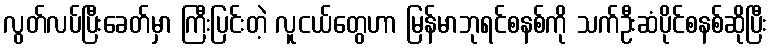
လွတ်လပ်ပြီးခေတ်မှာ ကြီးပြင်းတဲ့ လူငယ်တွေဟာ မြန်မာဘုရင်စနစ်ကို သက်ဦးဆံပိုင်စနစ်ဆိုပြီး